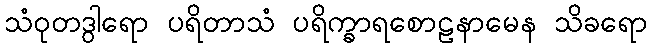
သံဝုတဒွါရော ပရိတာသံ ပရိက္ခာရစောဠနာမေန သိခရော